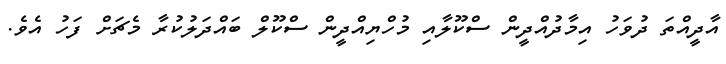
އާދީއްތަ ދުވަހު އިމާދުއްދީން ސްކޫލާއި މުހްޔިއްދީން ސްކޫލް ބައްދަލުކުރާ މެޗަށް ފަހު އެވެ.